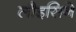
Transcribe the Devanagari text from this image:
लौइसिने